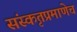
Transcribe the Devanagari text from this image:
संस्कृतप्रमाणेच